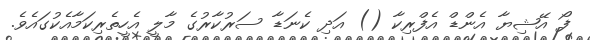
ފޯ އޭޝިޔާ އެންޑް އެފްރިކާ () އަދި ކެނަޑާ ސަރުކާރުގެ މާލީ އެހީތެރިކަމާއެކުގައެވެ.